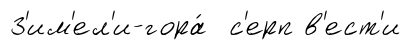
З'им'ел'и-гора́ с'ерп в'ест'и